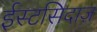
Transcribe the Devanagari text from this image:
ईस्टसिदाज़